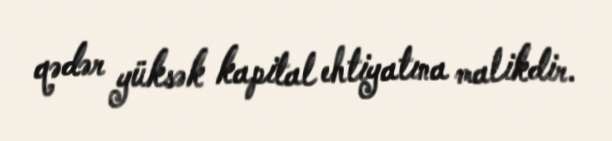
qədər yüksək kapital ehtiyatına malikdir.